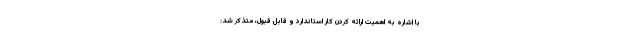
با اشاره به اهمیت ارائه کردن کار استاندارد و قابل قبول، متذکر شد: